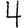
Digit: 4